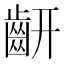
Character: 𪗛